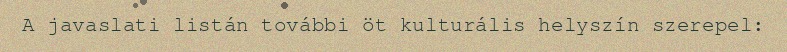
A javaslati listán további öt kulturális helyszín szerepel: